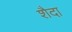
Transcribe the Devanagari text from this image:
शैदा